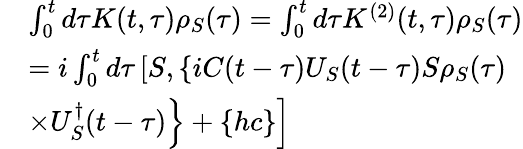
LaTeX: \begin{array}{rl}&{\int_{0}^{t}{d\tau}K(t,\tau){{\rho}_{S}}(\tau)=\int_{0}^{t}{d\tau}K^{(2)}(t,\tau){{\rho}_{S}}(\tau)}\\ &{=i\int_{0}^{t}{d\tau}\left[S,\left\{ iC(t-\tau){{U}_{S}}(t-\tau)S{{\rho}_{S}}(\tau)\right.\right.}\\ &{\left.\left.\times U_{S}^{\dagger}(t-\tau)\right\} +\left\{ hc\right\} \right]}\end{array}